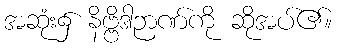
အဆုံး၌ နိဗ္ဗိဒါဉာဏ်ကို ဆိုအပ်၏။